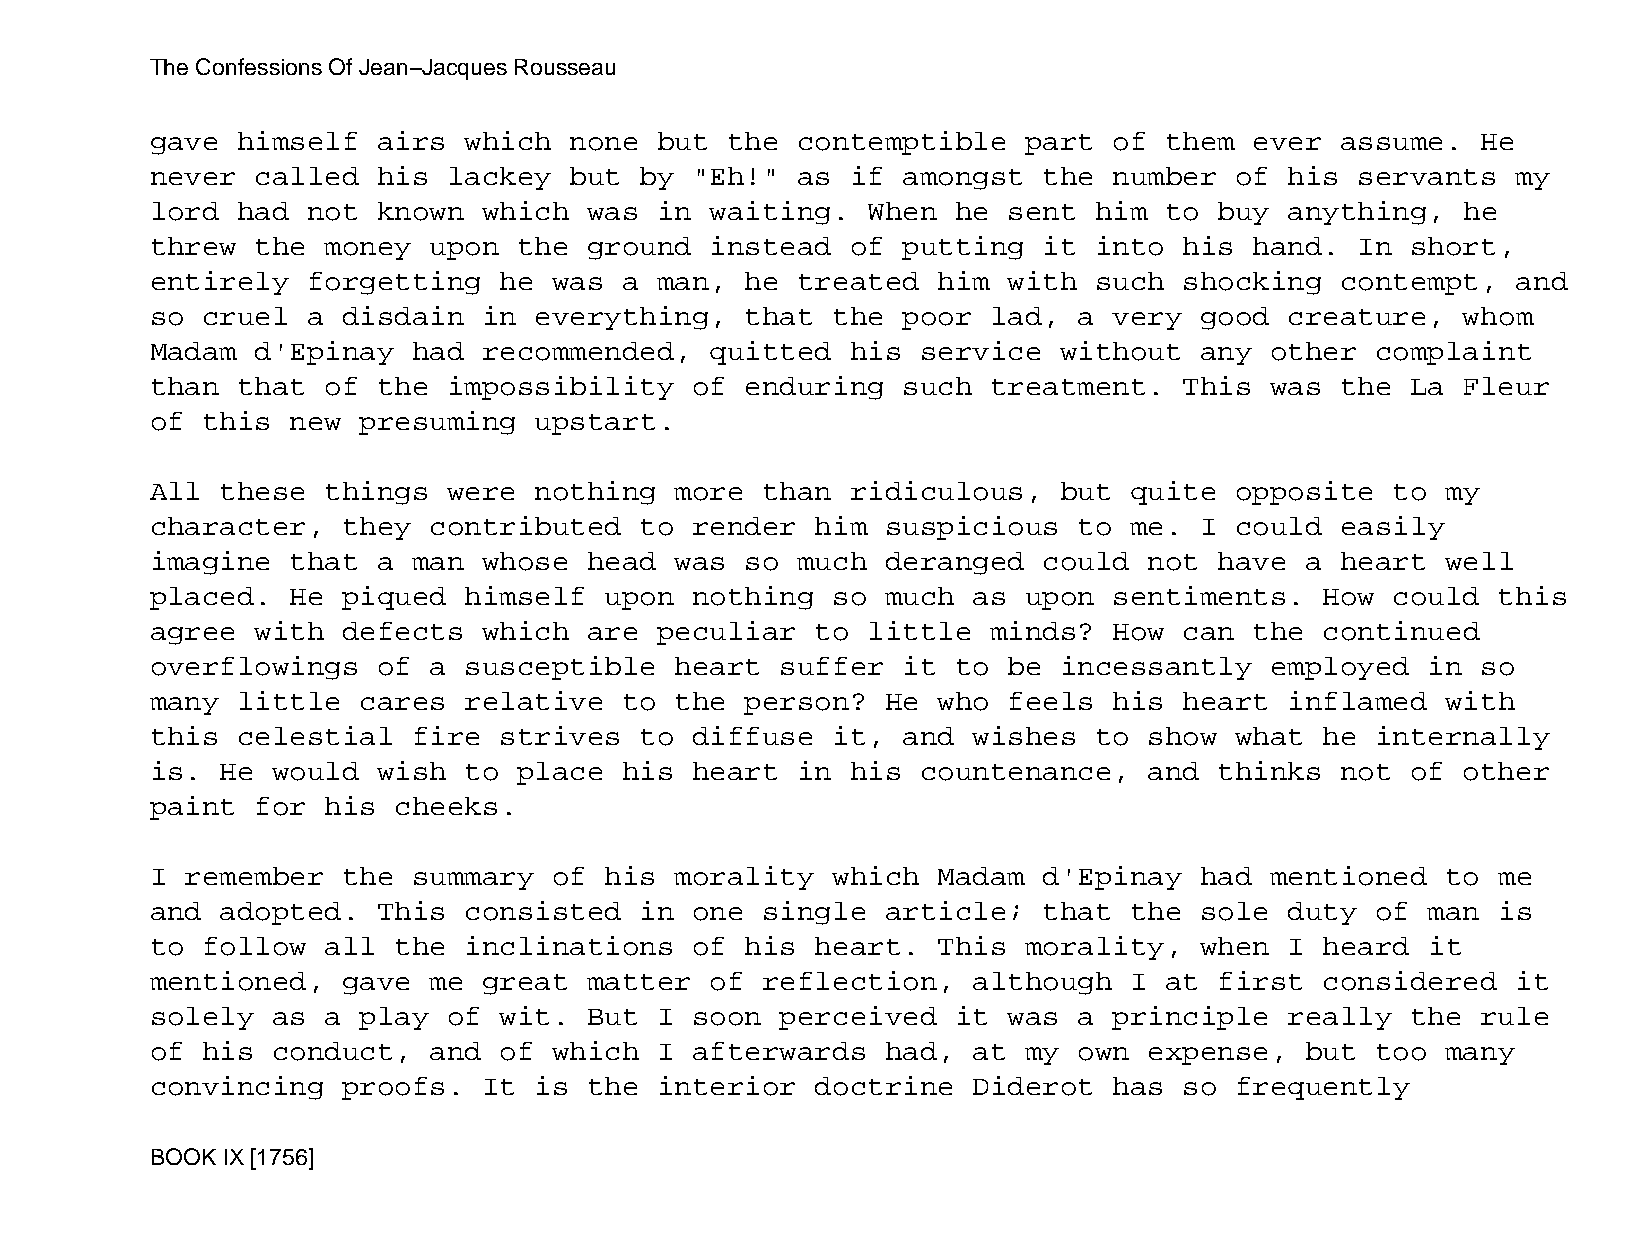
The Confessions Of Jean−Jacques Rousseau
 gave  himself  airs  which  none  but the  contemptible   part  of them  ever  assume.  He
 never  called  his  lackey  but by  "Eh!"  as if  amongst  the  number  of his  servants  my
 lord  had not  known  which  was  in waiting.  When  he  sent him  to  buy anything,   he
 threw  the  money upon  the  ground  instead  of  putting  it into  his  hand.  In short,
 entirely  forgetting   he  was a  man, he  treated  him  with such  shocking   contempt,  and
 so cruel  a  disdain  in everything,   that  the  poor  lad, a  very good  creature,   whom
 Madam  d'Epinay  had  recommended,   quitted  his  service  without  any  other  complaint
 than  that  of the  impossibility   of enduring   such  treatment.  This  was  the La  Fleur
 of this  new  presuming  upstart.
 All  these  things  were nothing   more than  ridiculous,   but  quite  opposite  to  my
 character,   they contributed   to  render  him  suspicious  to  me. I  could  easily
 imagine  that  a man  whose  head  was so  much  deranged  could  not  have a  heart  well
 placed.  He  piqued  himself  upon  nothing  so  much as  upon  sentiments.   How could  this
 agree  with  defects  which  are  peculiar  to little   minds?  How can  the  continued
 overflowings   of a  susceptible   heart  suffer  it to  be incessantly   employed   in so
 many  little  cares  relative  to  the person?   He who  feels  his heart  inflamed   with
 this  celestial  fire  strives  to  diffuse  it,  and wishes  to  show  what  he internally
 is.  He would  wish  to place  his  heart  in his  countenance,   and  thinks  not of  other
 paint  for  his cheeks.
 I remember   the summary   of his  morality  which  Madam  d'Epinay  had  mentioned   to me
 and  adopted.  This  consisted  in  one single   article;  that  the sole  duty  of  man is
 to follow   all the  inclinations   of his  heart.  This  morality,  when  I  heard  it
 mentioned,   gave me  great  matter  of reflection,   although   I at  first  considered  it
 solely  as  a play  of wit.  But  I soon  perceived  it  was a  principle  really  the  rule
 of his  conduct,  and  of  which  I afterwards   had, at  my own  expense,  but  too  many
 convincing   proofs.  It is  the  interior  doctrine  Diderot   has so  frequently
 BOOK IX [1756]